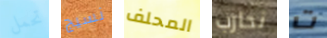
تحمل نسيج المحلف نحارب ت